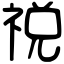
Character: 祱